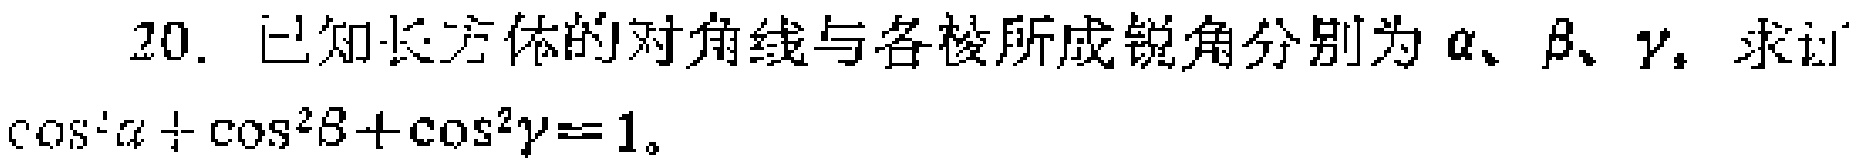
20. 已知长方体的对角线与各棱所成锐角分别为\(\alpha\)、\(\beta\)、\(\gamma\)，求证\(\cos^{2}\alpha+\cos^{2}\beta + \cos^{2}\gamma = 1\)。